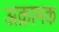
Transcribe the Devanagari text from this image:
अक्रामक